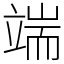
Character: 端